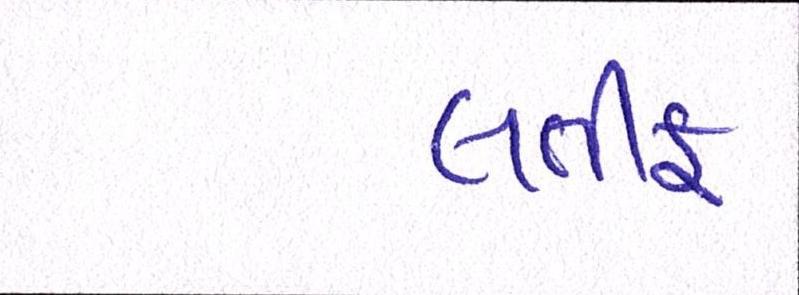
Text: લતીફ